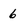
Character: 6